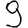
Digit: 9